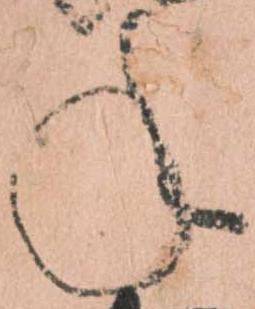
年